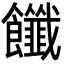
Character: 𩟶